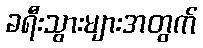
ခရီးသွားများအတွက်